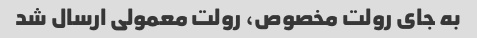
به جای رولت مخصوص، رولت معمولی ارسال شد